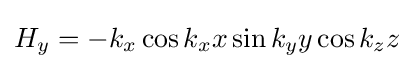
H_{y}=-k_{x}\cos k_{x}x\sin k_{y}y\cos k_{z}z